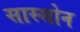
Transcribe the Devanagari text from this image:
सास्सोन